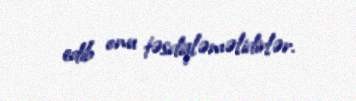
edib onu təsdiqləməlidirlər.